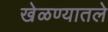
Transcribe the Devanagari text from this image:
खेळण्यातले